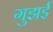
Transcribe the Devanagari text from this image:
गुझई